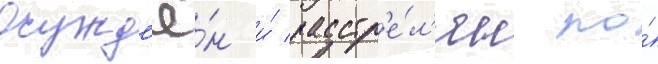
Осужд'ё́н и́ расстр'е́л'ян по́